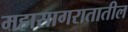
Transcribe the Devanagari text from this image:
महासागरातातील